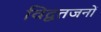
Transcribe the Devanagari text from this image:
विद्वतजनों